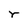
Character: r